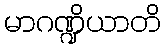
မာဂဏ္ဍိယာတိ